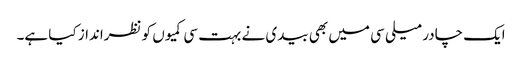
ایک چادر میلی سی میں بھی بیدی نے بہت سی کمیوں کو نظرانداز کیا ہے۔